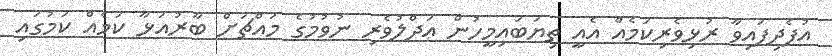
އުފެދިފައިވާ ރުޅިވެރިކަމެއް އެއީ ތިޔަބައިމީހުން ޢަދްލުވެރި ނުވުމުގެ މައްޗަށް ބާރުއަޅާ ކަމެއް ކަމުގައި